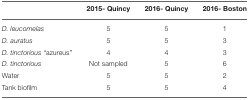
|  | 2015- Quincy | 2016- Quincy | 2016- Boston |
 | --- | --- | --- | --- |
 | D. leucomelas | 5 | 5 | 1 |
 | D. auratus | 5 | 5 | 3 |
 | D. tinctorious “azureus” | 4 | 4 | 3 |
 | D. tinctorious | Not sampled | 5 | 6 |
 | Water | 5 | 5 | 2 |
 | Tank biofilm | 5 | 5 | 4 |